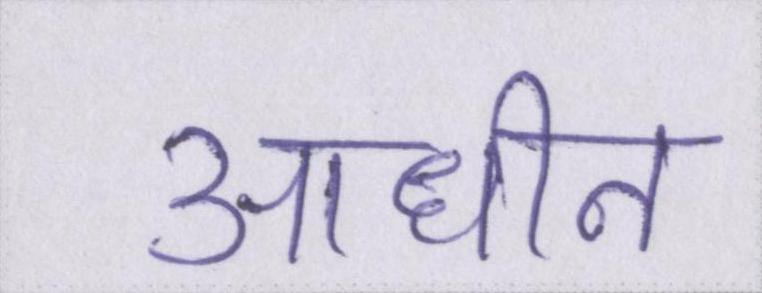
आधीन